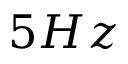
5 H z